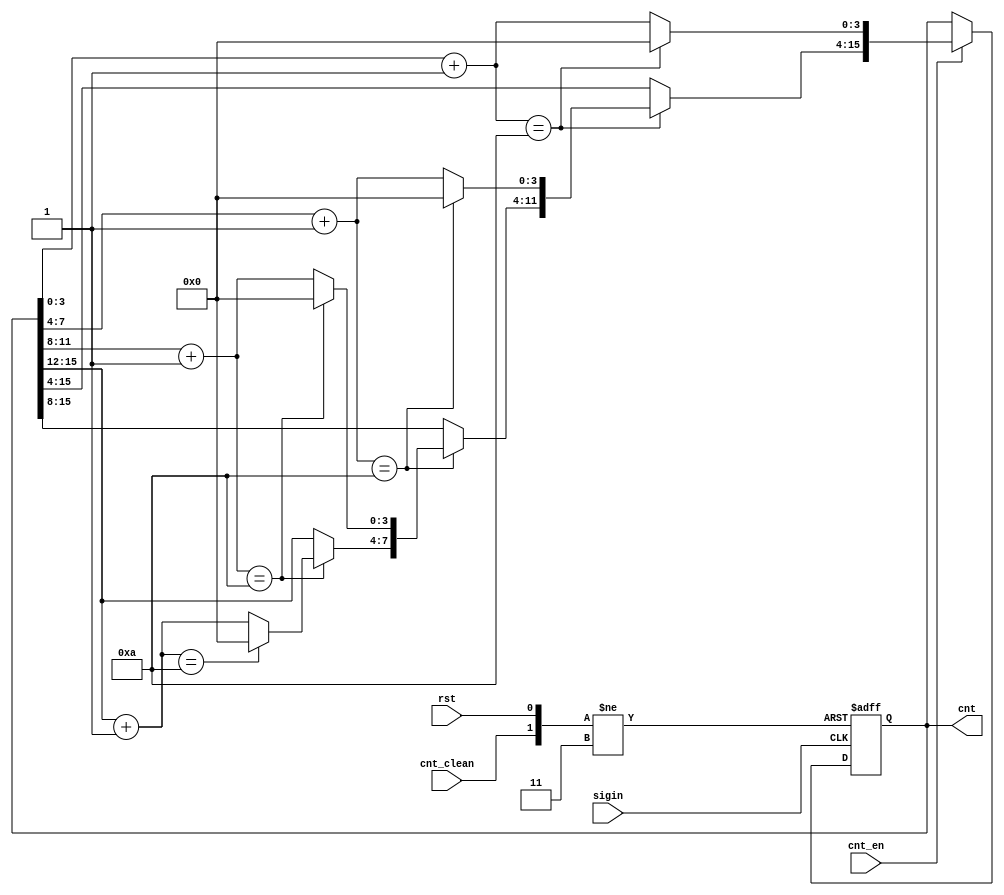
/*
	dec counter
*/

module counter(
//	SW2,
	sigin, rst, cnt_clean, cnt_en, 
	cnt,
//	led, hex3, hex2, hex1, hex0
);

input sigin, rst, cnt_clean, cnt_en;
output [15:0] cnt;
reg [15:0] cnt;

//input SW2;
//output led;
//output [6:0] hex3, hex2, hex1, hex0;

always @ (negedge rst or negedge cnt_clean or posedge sigin) begin
	if(~rst) cnt <= 0;
	else if(~cnt_clean) cnt <= 0;
	else if(cnt_en) begin
		cnt[3:0] = cnt[3:0] + 4'd1;
		if(cnt[3:0]==10) begin
			cnt[3:0] = 0;
			cnt[7:4] = cnt[7:4] + 4'd1;
			if(cnt[7:4]==10) begin
				cnt[7:4] = 0;
				cnt[11:8] = cnt[11:8] + 4'd1;
				if(cnt[11:8]==10) begin
					cnt[11:8] = 0;
					cnt[15:12] = cnt[15:12] + 4'd1;
					if(cnt[15:12]==10) cnt[15:12] = 0;
				end
			end
		end
	end
end

//display dis_test(
//	cnt,
//	SW2,
//	led, hex3, hex2, hex1, hex0
//);

endmodule